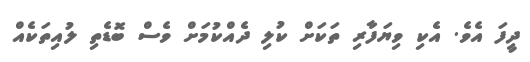
ދީފަ އެވެ. އެކި ވިޔަފާރި ތަކަށް ކުލި ދެއްކުމަށް ވެސް ބޮޑެތި ލުއިތަކެއް